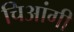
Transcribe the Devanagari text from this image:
चिआंगी